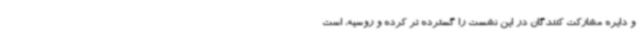
و دایره مشارکت کنندگان در این نشست را گسترده تر کرده و روسیه، است